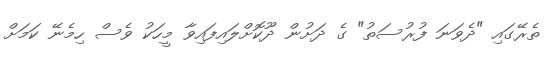
ތެރޭގައި "ދެވަނަ ފުރުސަތު" ގެ ދަށުން ދޫކޮށްލައިފައިވާ މީހަކު ވެސް ހިމެނޭ ކަމަށް